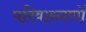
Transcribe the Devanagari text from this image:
परिवारगणों